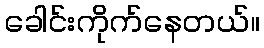
ခေါင်းကိုက်နေတယ်။